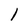
Character: l